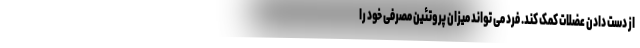
از دست دادن عضلات کمک کند. فرد می تواند میزان پروتئین مصرفی خود را